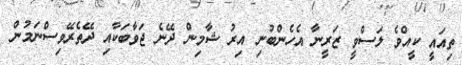
ތިއައީ ކީއްވެ ލަސްވީ ޒަރީނާ އެހެންބުނި އިރު ޝާމިން ދޭނެ ޖަވާބަކާއި ދޭތެރޭވިސްނަމުން